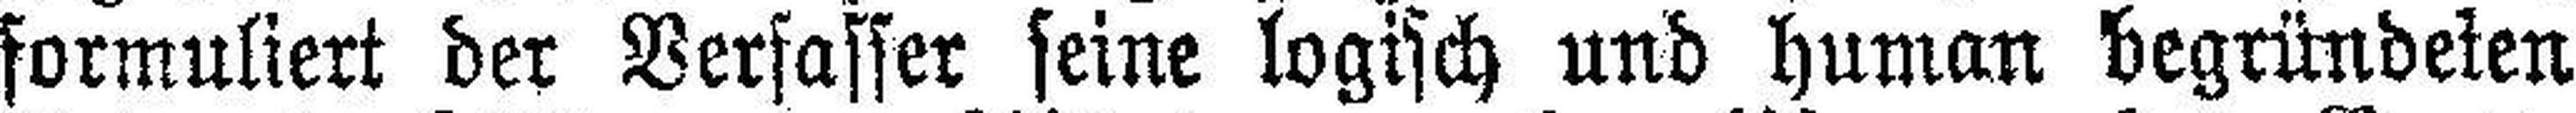
formuliert der Verfasser seine logisch und human begründeten